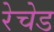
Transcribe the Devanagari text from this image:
रेचेड